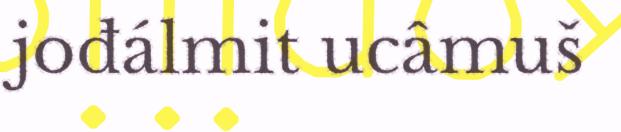
jođálmit ucâmuš